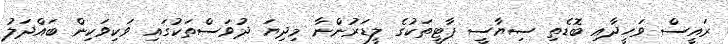
ރައީސް ވަހީދާއި ބޮޑެތި ސިޔާސީ ޕާޓީތަކުގެ ލީޑަރުންނާ މިދިޔަ ދުވަސްތަކުގައި ވަކިވަކިން ބައްދަލު